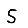
Digit: 5